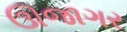
ઊજાગર